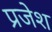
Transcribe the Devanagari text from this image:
प्रजेश